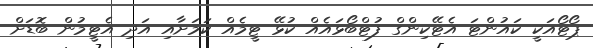
ޕޯޓޯއަކީ ކައުންޓަ އެޓޭކިންގް ފުޓްބޯޅައެއް ކުޅޭ ޓީމެއް ކަމަށާއި އަދި އެޓީމުން ބޮޑަށް